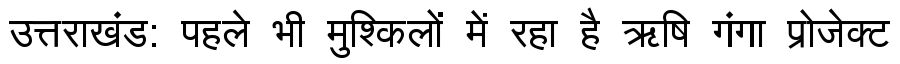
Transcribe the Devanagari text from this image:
उत्तराखंड: पहले भी मुश्किलों में रहा है ऋषि गंगा प्रोजेक्ट